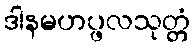
ဒါနမဟပ္ဖလသုတ္တံ